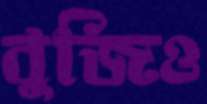
বুজিও